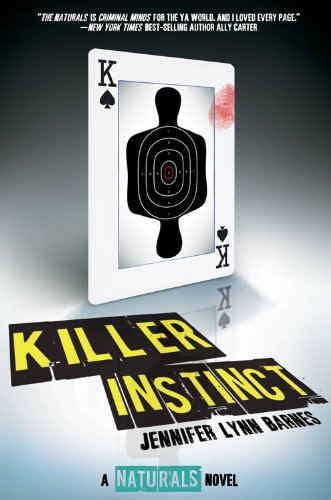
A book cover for Killer Instinct (The Naturals); Jennifer Lynn Barnes; Teen & Young Adult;